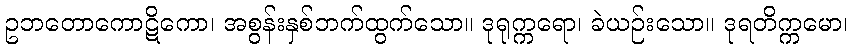
ဥဘတောကောဋိကော၊ အစွန်းနှစ်ဘက်ထွက်သော။ ဒုရုက္ကရော၊ ခဲယဉ်းသော။ ဒုရတိက္ကမော၊